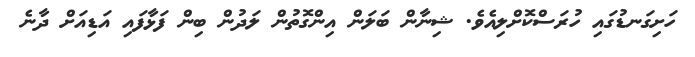
ހަށިގަނޑުގައި ހުރަސްކޮށްލިއެވެ. ޝިނާން ބަލަން އިންގޮތުން ލަދުން ބިން ފަޅާފައި އަޑިއަށް ދާނެ